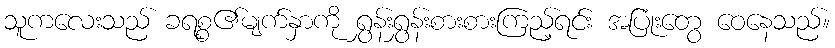
သူကလေးသည် ခရစ္စ၏မျက်နှာကို ရွှန်းရွှန်းစားစားကြည့်ရင်း အပြုံးတွေ ဝေနေသည်။